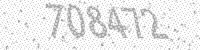
Solution: 708472